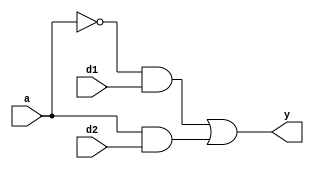
module mux(input a,
	input d1,
	input d2,
	output y);
   assign y=(~a&d1)|(a&d2);
endmodule